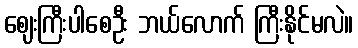
ဈေးကြီးပါစေဦး ဘယ်လောက် ကြီးနိုင်မလဲ။